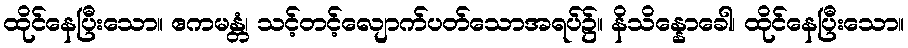
ထိုင်နေပြီးသော။ ဧကမန္တံ၊ သင့်တင့်လျောက်ပတ်သောအရပ်၌။ နိသိန္နောခေါ၊ ထိုင်နေပြီးသော။